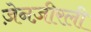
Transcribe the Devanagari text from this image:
ज़ेनज़ीरली